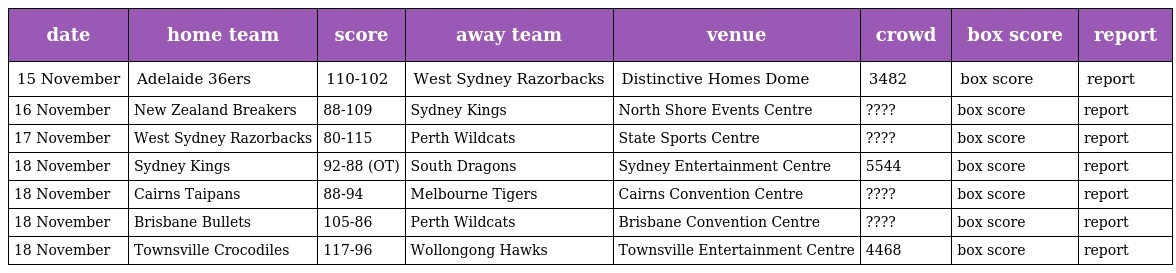
| date | home team | score | away team | venue | crowd | box score | report |
 | --- | --- | --- | --- | --- | --- | --- | --- |
 | 15 November | Adelaide 36ers | 110-102 | West Sydney Razorbacks | Distinctive Homes Dome | 3482 | box score | report |
 | 16 November | New Zealand Breakers | 88-109 | Sydney Kings | North Shore Events Centre | ???? | box score | report |
 | 17 November | West Sydney Razorbacks | 80-115 | Perth Wildcats | State Sports Centre | ???? | box score | report |
 | 18 November | Sydney Kings | 92-88 (OT) | South Dragons | Sydney Entertainment Centre | 5544 | box score | report |
 | 18 November | Cairns Taipans | 88-94 | Melbourne Tigers | Cairns Convention Centre | ???? | box score | report |
 | 18 November | Brisbane Bullets | 105-86 | Perth Wildcats | Brisbane Convention Centre | ???? | box score | report |
 | 18 November | Townsville Crocodiles | 117-96 | Wollongong Hawks | Townsville Entertainment Centre | 4468 | box score | report |